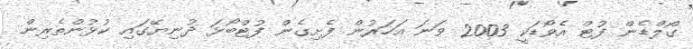
ގޯލްޑެން ފުޓް އެވޯޑަކީ 2003 ވަނަ އަހަރުން ފެށިގެން ފުޓްބޯޅަ ދުނިޔޭގައި ކުޅުންތެރިން